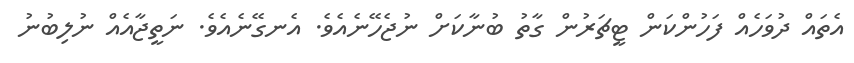
އެތައް ދުވަހެއް ފަހުންކަން ޓީޗަރުން ގާތު ބުނާކަށް ނުޖެހޭނެއެވެ. އެނގޭނެއެވެ. ނަތީޖާއެއް ނުލިބުނު